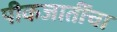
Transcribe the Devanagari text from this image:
पीकजातींचा